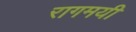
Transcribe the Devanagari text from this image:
रागमयी